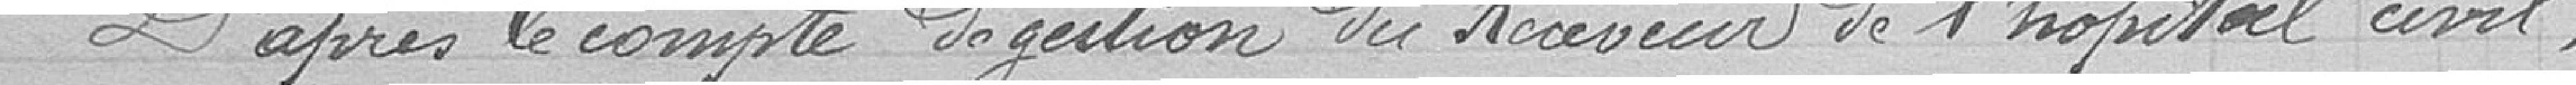
D'après le compte de gestion du Receveur de l'hôpital civil.